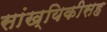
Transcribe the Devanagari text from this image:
सांख्यिकीसह